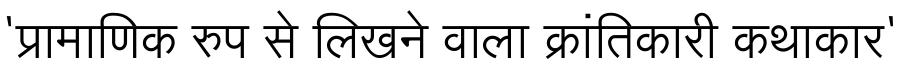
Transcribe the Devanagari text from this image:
'प्रामाणिक रुप से लिखने वाला क्रांतिकारी कथाकार'